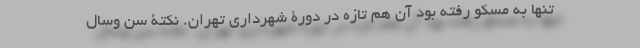
تنها به مسکو رفته بود آن هم تازه در دورۀ شهرداری تهران. نکتۀ سن وسال